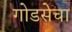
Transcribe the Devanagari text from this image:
गोडसेचा